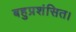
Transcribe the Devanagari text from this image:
बहुप्रशंसित।